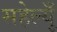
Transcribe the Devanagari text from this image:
सहेल्यूँ